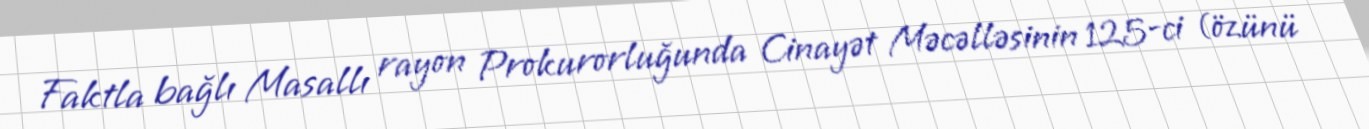
Faktla bağlı Masallı rayon Prokurorluğunda Cinayət Məcəlləsinin 125-ci (özünü